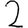
Digit: 2